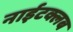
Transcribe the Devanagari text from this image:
नाईटक्लब